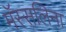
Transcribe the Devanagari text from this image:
मॅस्सलिना